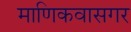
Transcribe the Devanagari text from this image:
माणिकवासगर